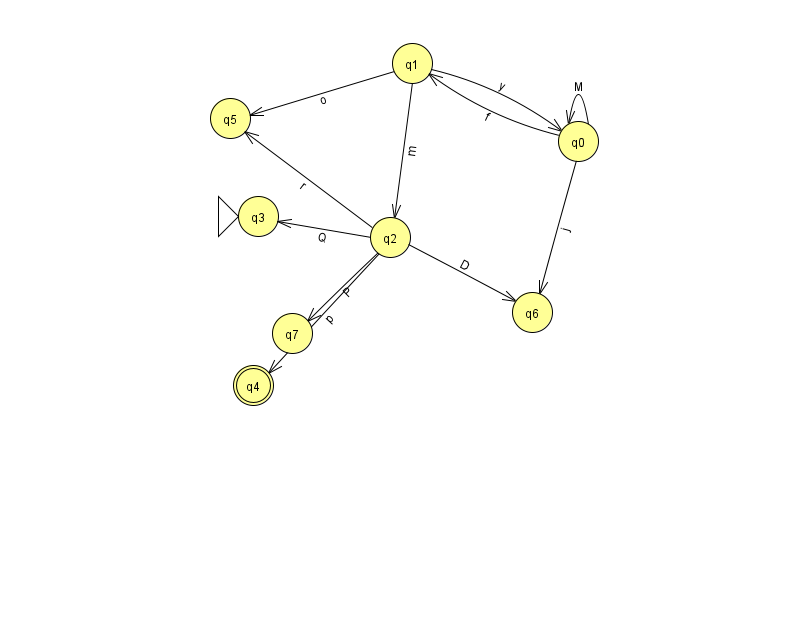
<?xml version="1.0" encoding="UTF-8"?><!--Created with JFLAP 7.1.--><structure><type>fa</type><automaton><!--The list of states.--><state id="0" name="q0"><x>578.0</x><y>128.0</y></state><state id="1" name="q1"><x>412.0</x><y>50.0</y></state><state id="2" name="q2"><x>390.0</x><y>224.0</y></state><state id="3" name="q3"><x>258.0</x><y>203.0</y><initial/></state><state id="4" name="q4"><x>253.0</x><y>372.0</y><final/></state><state id="5" name="q5"><x>230.0</x><y>105.0</y></state><state id="6" name="q6"><x>532.0</x><y>299.0</y></state><state id="7" name="q7"><x>292.0</x><y>320.0</y></state><!--The list of transitions.--><transition><from>0</from><to>1</to><read>f</read></transition><transition><from>2</from><to>4</to><read>p</read></transition><transition><from>1</from><to>2</to><read>m</read></transition><transition><from>0</from><to>6</to><read>j</read></transition><transition><from>2</from><to>6</to><read>D</read></transition><transition><from>1</from><to>5</to><read>o</read></transition><transition><from>2</from><to>5</to><read>r</read></transition><transition><from>0</from><to>0</to><read>M</read></transition><transition><from>1</from><to>0</to><read>y</read></transition><transition><from>2</from><to>7</to><read>P</read></transition><transition><from>2</from><to>3</to><read>Q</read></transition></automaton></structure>